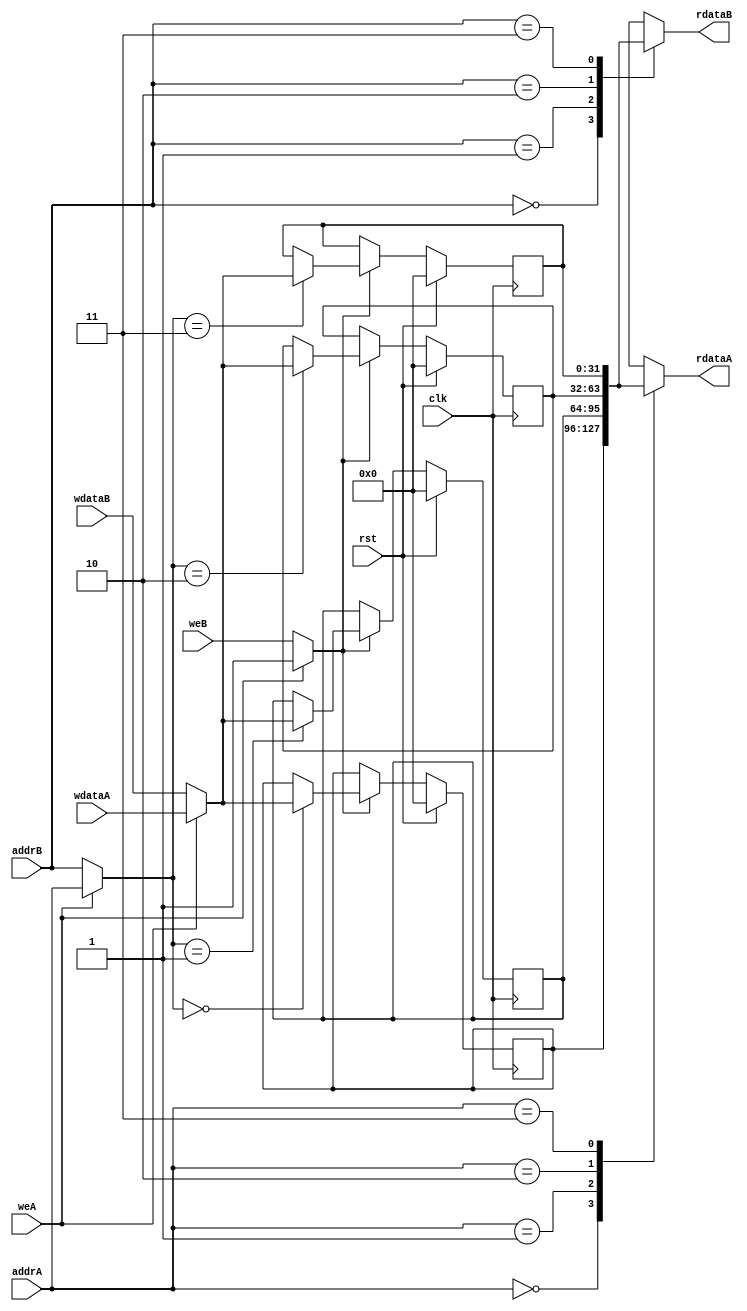
// This program was cloned from: https://github.com/IObundle/iob-mem
// License: MIT License

`timescale 1 ns / 1 ps

module iob_regfile_dp
  #(
    parameter ADDR_W = 2,
    parameter DATA_W = 32
    )
   (
    input                clk,
    input                rst,

    // Port A
    input                weA,
    input [ADDR_W-1:0]   addrA,
    input [DATA_W-1:0]   wdataA,
    output [DATA_W-1 :0] rdataA,

    // Port B
    input                weB,
    input [ADDR_W-1:0]   addrB,
    input [DATA_W-1:0]   wdataB,
    output [DATA_W-1 :0] rdataB
    );

   reg [DATA_W-1:0]      reg_file [2**ADDR_W-1:0];

   wire [ADDR_W-1:0]     addr  = weA? addrA : addrB;
   wire [DATA_W-1:0]     wdata = weA? wdataA : wdataB;
   wire                  we    = weA? weA : weB;

   //read
   assign rdataA = reg_file[addrA];
   assign rdataB = reg_file[addrB];

   //write
   genvar                i;
   generate
      for (i=0; i < 2**ADDR_W; i=i+1) begin: register_file
         always @(posedge clk)
           if (rst)
             reg_file[i] <= {DATA_W{1'b0}};
           else if (we)
             if (addr == i)
               reg_file[i] <= wdata;
        end
   endgenerate

endmodule